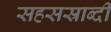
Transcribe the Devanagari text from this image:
सहसस्राब्दी